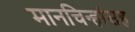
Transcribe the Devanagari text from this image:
मानचिन्हांसह